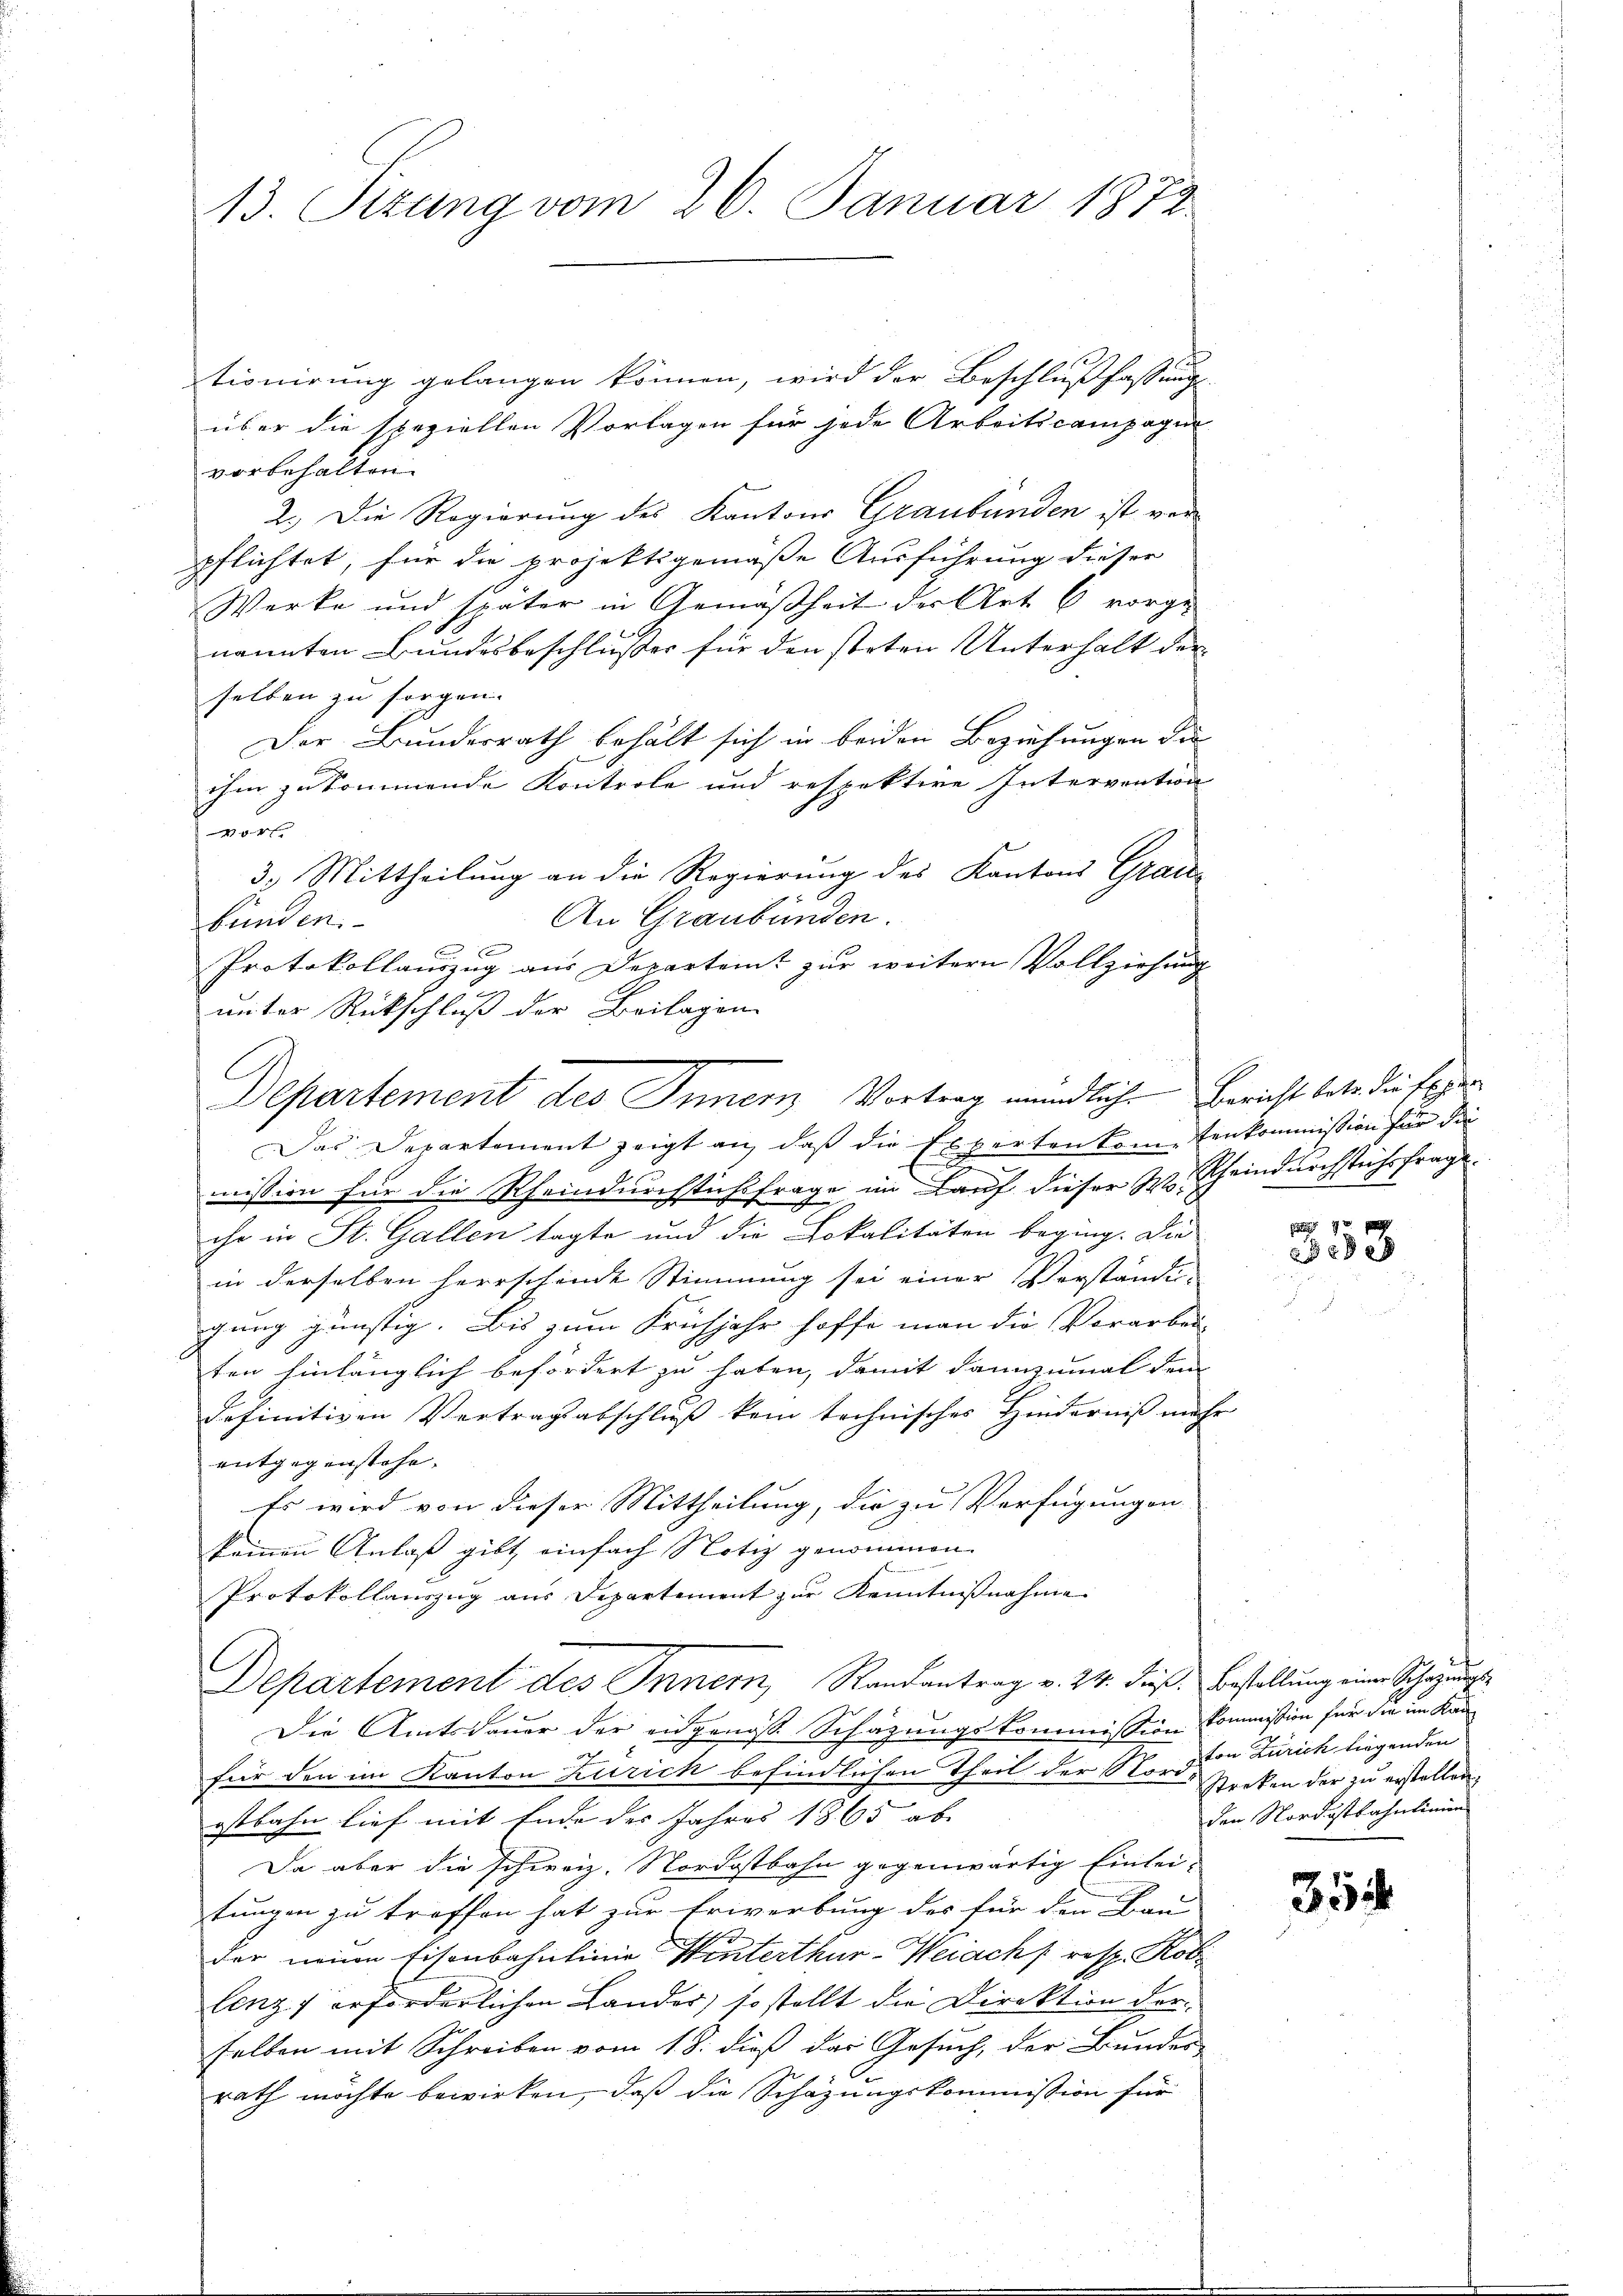
13. Sizung vom 26. Januar 1872

tionirung gelangen können, wird der Beschlußfassung
über die speziellen Vorlagen für jede Arbeitscampagni
vorbehalten.
2.) Die Regierung des Kantons Graubünden ist vor
pflichtet, für die projektsgemäße Ausführung dieser
Werke und später in Gemäßheit der Art 6 vorge-
nannten Bundesbeschlußes für den steten Unterhalt der
selben zu sorgen.
Der Bundesrath behält sich in beiden Beziehungen die
ihm zu kommende Kontrole und respektire Intervention
vor
3. Mittheilung an die Regierung des Kantons Grade
An Graubünden.
bünden.
C
Protokollauszug aus Departemt zur weitern Vollziehung
unter Rückschluß der Beilagen
Das Departement zeigt an, daß die Experten kometenkommission für die
e
d
mission für die Rheindurchstichsfrage im Lauf dieser S. Scheindurchstichsfrage.
chr in St. Gallen tagte und die Lokalitäten beging. Die
in derselben herrscheine Stimmung sei einer Verständi-
gung günstig. Bis zum Frühjahr hoffe man die Vorarbei-
ten hinlänglich befördert zu haben, damit dannzumal dem
definitiven Vertragsabschluß kein technisches Hinderniß mehr
entgegenstehe.
Es wird von dieser Mittheilung, die zu Verfügungen
kommen Anlaß gibt einfach Notiz genommen.
Protokollauszug aus Departement zur Kenntnißnahme
Departement des Innern, Randantrag v. 24. dieß. Bestellung einer Schauungs¬
Die Amtsdauer der eidgenoße Schätzungskommission kommission für die im Kanfür den im Kanton Zurick befindlichen Theil der Nori
ostbahn lief mit Ende des Jahres 1865 ab- |
Da aber die schweiz. Nordostbahn gegenwärtig Einlei-
tungen zu treffen hat zur Erwerbung des für den Bau-
der neuen Eisenbahnlinie Winterthur-Weiach resp. Rob
lenz erforderlichen Lander, so stellt die Direktion der
selben mit Schreiben vom 18. dieß das Gesuch, der Bunder
rath möchte bewirken, daß die Schazungskommission für

Departement des Inner Vortrag mündliche Bericht betr die Eigen

9
338

ton Zürich liegenden
streken der zŭ erstellen,
den Nordostbahnlinien

354